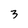
Character: 3